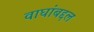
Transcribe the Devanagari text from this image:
वाघांबद्दल